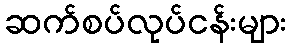
ဆက်စပ်လုပ်ငန်းများ